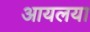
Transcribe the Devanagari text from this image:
आयलया